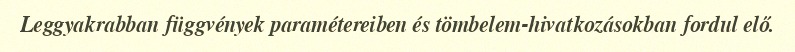
Leggyakrabban függvények paramétereiben és tömbelem-hivatkozásokban fordul elő.